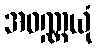
အဝဏ္ဏယုံ